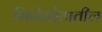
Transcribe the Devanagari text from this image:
मिनेसोटातील